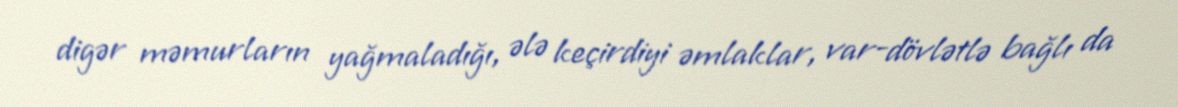
digər məmurların yağmaladığı, ələ keçirdiyi əmlaklar, var-dövlətlə bağlı da